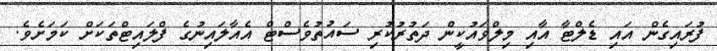
ފުރައިގެން އައި ޑެލްޓާ އާއި މިލްވައުކީން ދަތުރުކުރި ސައުތުވެސްޓް އެއާލައިނުގެ ފްލައިޓްތަކަށް ކަމަށެވެ.